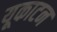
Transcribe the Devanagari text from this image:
यूकाटन